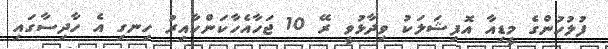
ފުލުހުންގެ މީޑިއާ އޮފިޝަލަކު ވިދާޅުވީ ރޭ 10 ޖަހާއެހާކަންހާއިރު ހިނގި އެ ހާދިސާގައި